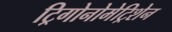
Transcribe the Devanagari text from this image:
ट्रिगोनोमेट्रिशेन